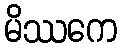
မိဿကေ